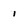
Character: 1